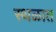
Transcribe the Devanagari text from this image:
स्थळात